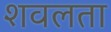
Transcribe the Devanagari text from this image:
शवलता